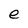
Character: e